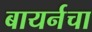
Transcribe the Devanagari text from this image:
बायर्नचा